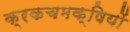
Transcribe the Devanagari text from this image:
क्रकचमक्षियों